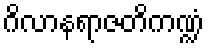
ဂိလာနရာဇတိကဏ္ဍံ